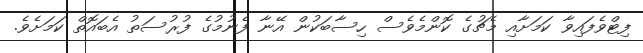
ފިޓްވެފައިވާ ކަމަށާއި މެޗުގެ ކޮންމެވެސް ހިސާބަކުން އޭނާ ފެނުމުގެ ފުރުސަތު އެބައޮތް ކަމަށެވެ.